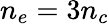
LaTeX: n_{e}=3n_{c}